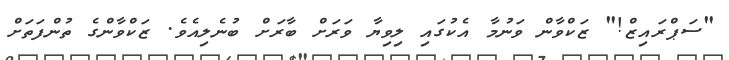
"ސަޕްރައިޒް!" ޒަކްވާން ވަނުމާ އެކުގައި ލިވިޔާ ވަރަށް ބާރަށް ބުނެލިއެވެ. ޒަކްވާންގެ ތުންފަތަށް